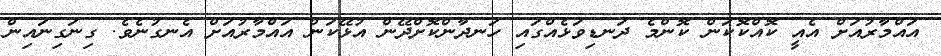
އައްމާރުއަށް އެއީ ކޮއްކޮކަން ކޮންމެ ދަނޑިވަޅެއްގައި ހަނދާންކޮށްދޭން އުޅޭކަން އައްމާރުއަށް އެނގުނެވެ. ގިނަގިނައިން